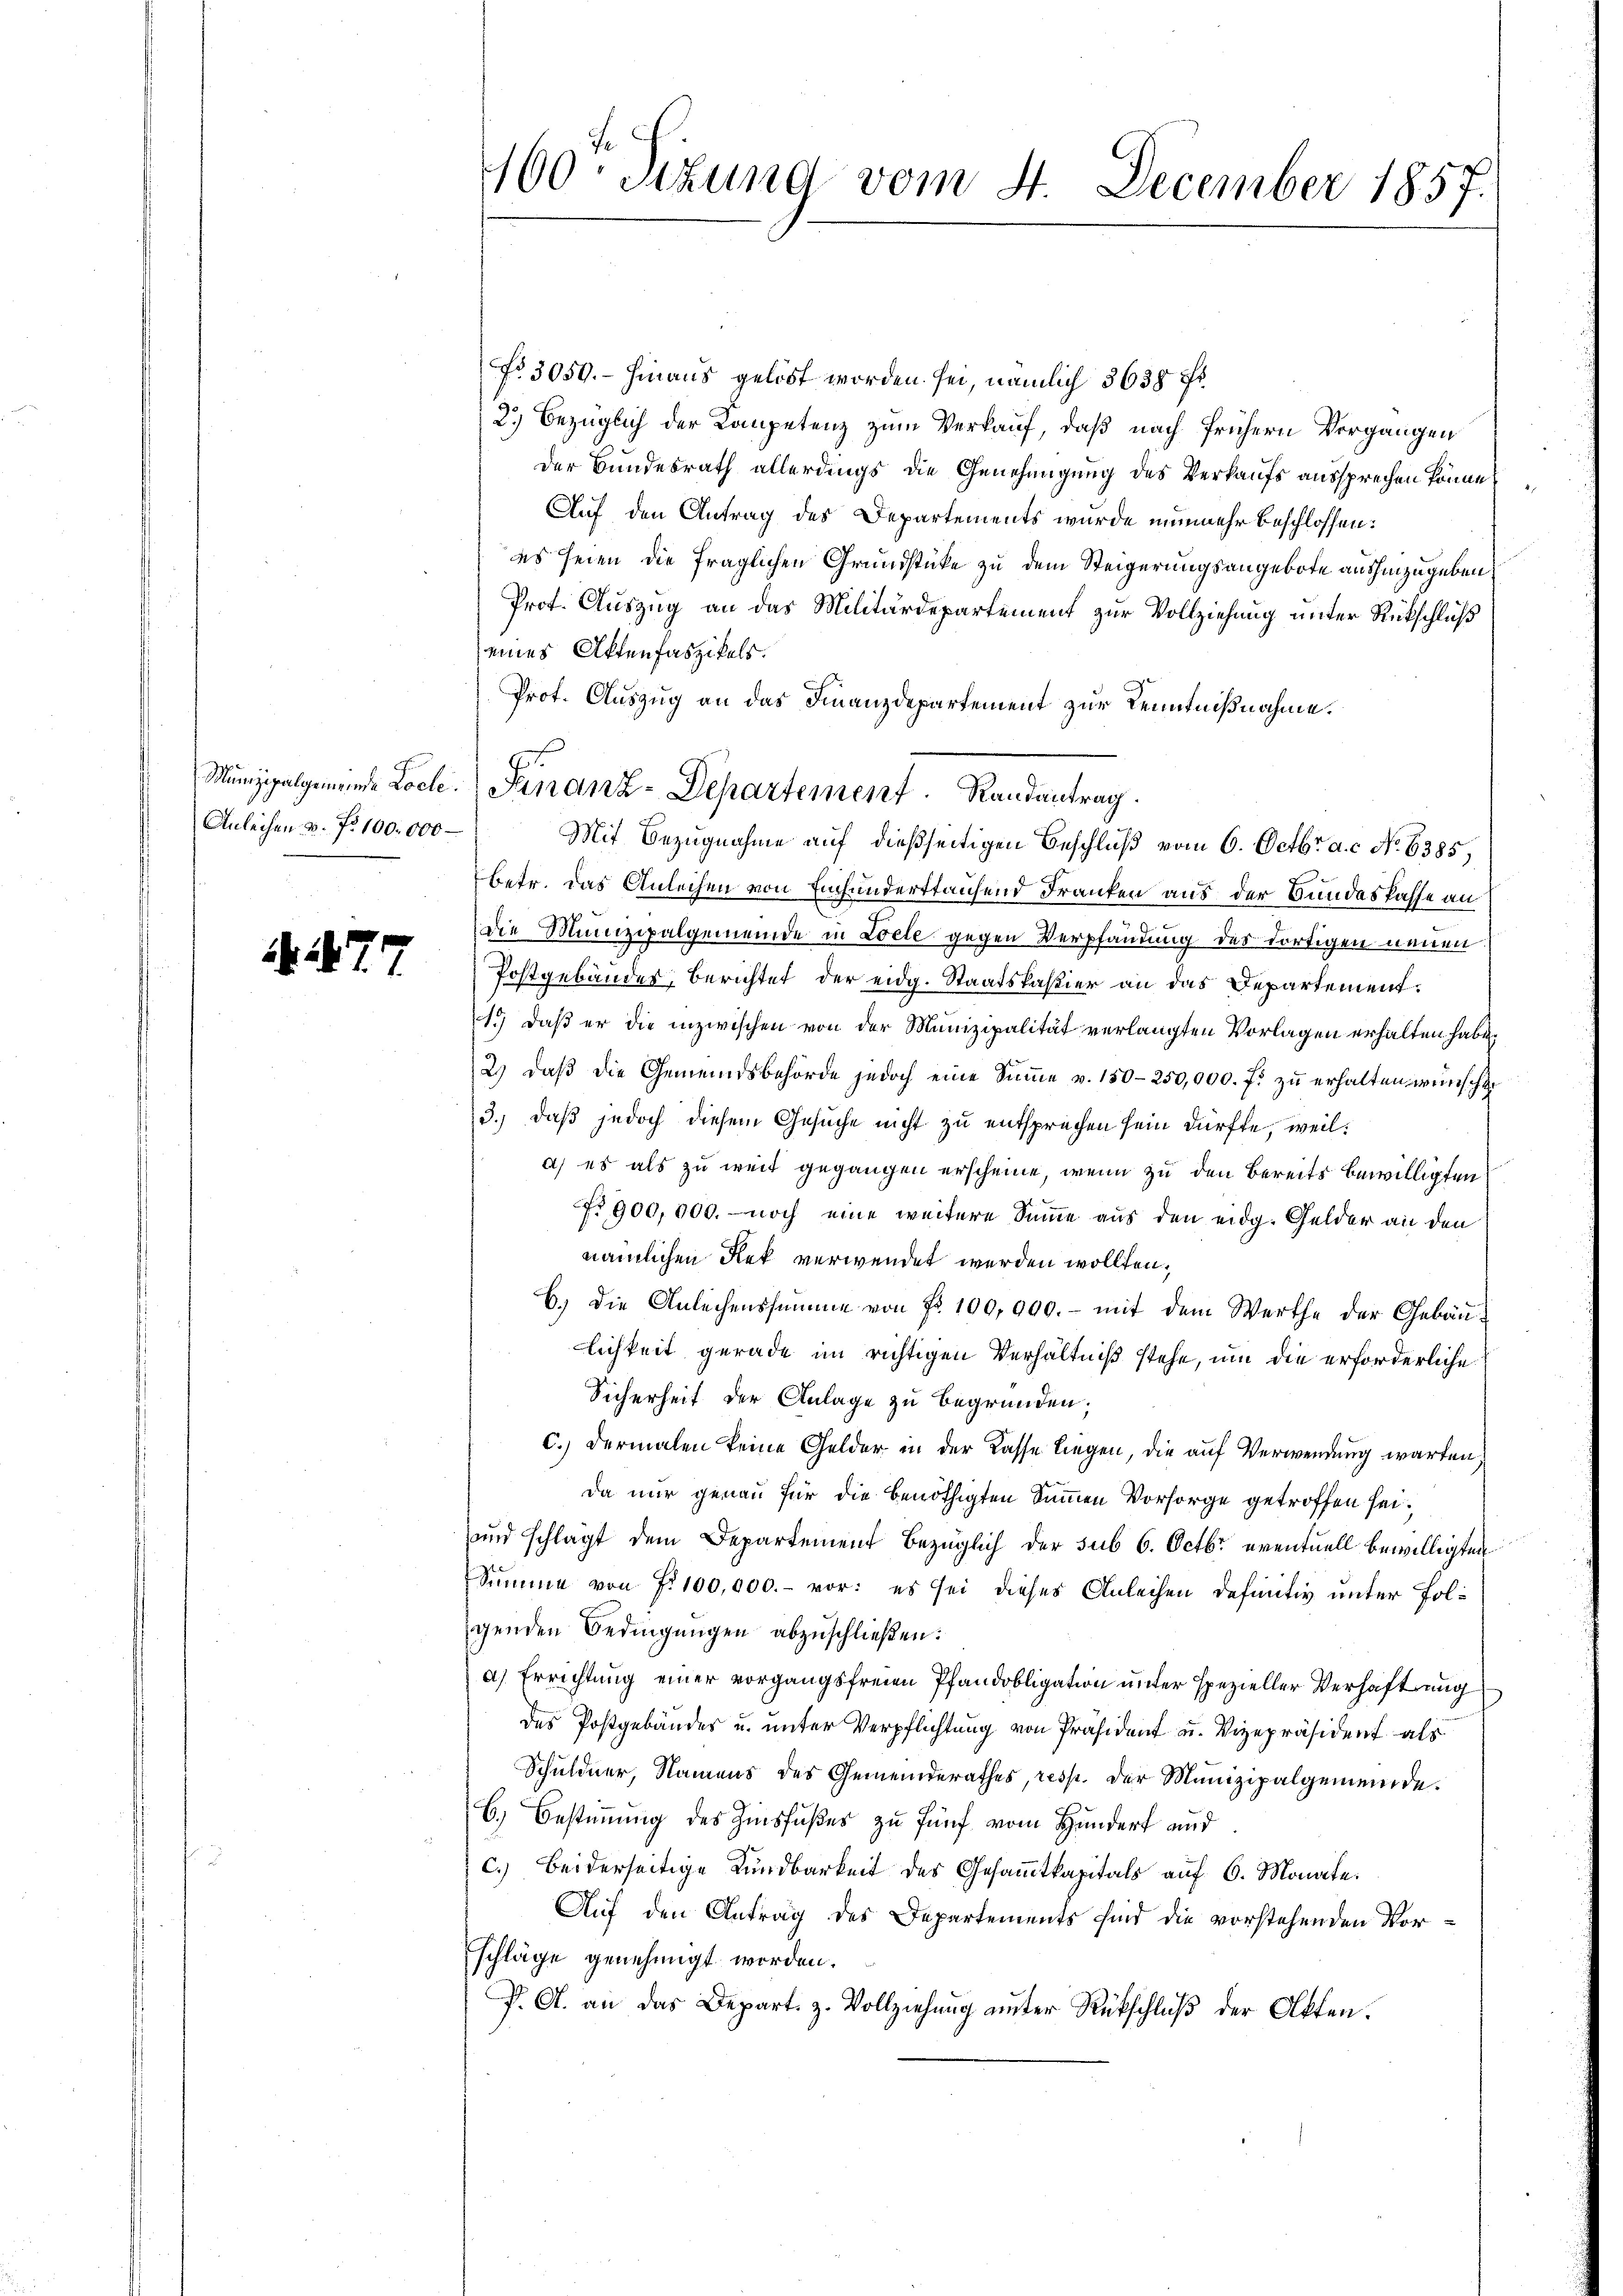
Munizipalgemeinde Locle.
Anleihen u. f. 100.000 –

. 77.

100 Sekung vom 4. December 1857.

No 3059.- hinaus gelöst worden sei, nämlich 3638 f
2.) Bezüglich der Kompetenz zum Verkauf, daß nach frühern Vorgangen
der Bundesrath allerdings die Genehmigung des Verkaufs aussprechen könne,
Auf den Antrag des Departements wurde nunmehr beschlossen:
es seien die fraglichen Grundstücke zu dem Steigerungsangebote aushinzugeben
Prot. Auszug an das Militärdepartement zur Vollziehung unter Rückschluß
eines Aktenfaszikels.
Prot. Auszug an das Finanzdepartement zur Kenntnißnahme.
Finanz-Departement. Randantrag.
Mit Bezugnahme auf dießseitigen Beschluß vom 6. Octbr. a. c. No 6385,
betr. das Anleihen von Einfunderstaufend Franken aus der Bundeskasse an
die Munizipalgemeinde in Locte gegen Verpfändung des dortigen neuen
Postgebäudes, berichtet der eidg. Staatskastier an das Departement.
1.) Daß er die inzwischen von der Munizipalität verlangten Vorlagen erhalten habe.
2.) daβ die Gemeindsbehörde jedoch eine Sŭṁe v. 150-250,000. f. zŭ erhalten wünscht.
3.) daß jedoch diesem Gesuche nicht zu entsprechen sein dürfte, weil:
a) es als zu weit gegangen erscheine, wenn zu den Bereits bewilligten
No 900,000. noch eine weitere Summe aus den eidg. Gelder an den
nämlichen Rek verwendet werden wollten,
6.) Die Anleihenssumme von Fr. 100,000. - mit dem Werthe der Gebäulichkeit gerade im richtigen Verhältniß stehe, um die erforderliche
Sicherheit der Anlage zu begründen;
c.) dermalen keine Gelder in der Kasse liegen, die auf Verwendung warten.
Da nur genau für die benöthigten Summen Vorsorge getroffen sei,
und schlagt dem Departement bezüglich der sub 6. Octbr. eventuell bewilligten
Summe von Fr. 100,000.- vor: es sei dieses Anleihen definitiv unter Folgenden Bedingungen abzuschließen:
a) Errichtung einer vorgangsfreien Pfandobligation unter spezieller Verhaftung
des Postgebäudes u. unter Verpflichtung von Präsident u. Vizepräsident als
Schuldner, Namens des Gemeinderathes, resp. der Munizipalgemeinde.
6.) Bestimmung des Zinsfußes zu fünf vom Hundert und
c.) Beiderseitige Kundbarkeit des Gesammtkapitals auf 6. Monate.
Auf den Antrag des Departements sind die vorstehenden Vorschläge genehmigt worden.
P. A. an das Depart. z. Vollziehung unter Rückschluß der Akten.